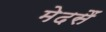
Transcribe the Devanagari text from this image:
मेदसैं